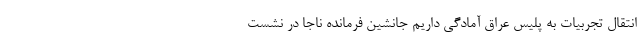
انتقال تجربیات به پلیس عراق آمادگی داریم جانشین فرمانده ناجا در نشست